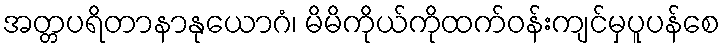
အတ္တပရိတာနာနုယောဂံ၊ မိမိကိုယ်ကိုထက်ဝန်းကျင်မှပူပန်စေ